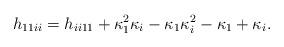
LaTeX: \begin{align*}h_{11ii}=h_{ii11}+\kappa_1 ^2\kappa_i -\kappa_1\kappa_i ^2-\kappa_1+\kappa_i.\end{align*}